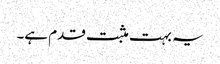
یہ بہت مثبت قدم ہے۔